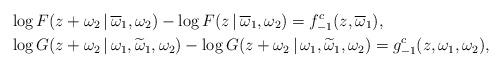
LaTeX: \begin{align*} & \log F(z+\omega_2\,|\,\overline\omega_1,\omega_2) - \log F(z\,|\,\overline\omega_1,\omega_2) = f_{-1}^c(z,\overline\omega_1), \\& \log G(z+\omega_2\,|\,\omega_1,\widetilde\omega_1,\omega_2)- \log G(z+\omega_2\,|\,\omega_1,\widetilde\omega_1,\omega_2) = g_{-1}^c(z,\omega_1,\omega_2), \end{align*}